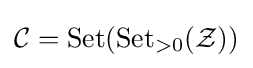
{\mathcal {C}}=\operatorname {Set} (\operatorname {Set} _{>0}({\mathcal {Z}}))